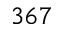
3 6 7